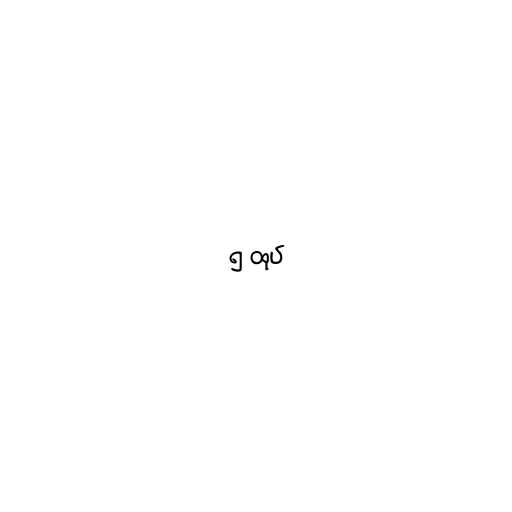
၅ ထုပ်